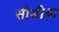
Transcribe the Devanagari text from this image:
सीडीया